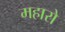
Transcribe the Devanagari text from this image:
महारो